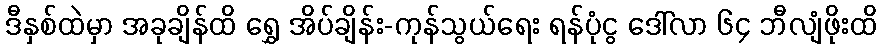
ဒီနှစ်ထဲမှာ အခုချိန်ထိ ရွှေ အိပ်ချိန်း-ကုန်သွယ်ရေး ရန်ပုံငွ ဒေါ်လာ ၆၄ ဘီလျံဖိုးထိ